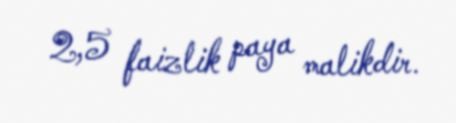
2,5 faizlik paya malikdir.